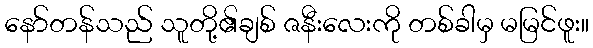
နော်တန်သည် သူတို့၏ချစ် ဇနီးလေးကို တစ်ခါမှ မမြင်ဖူး။